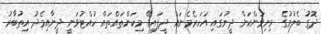
ދޮގު ބެލުމުގެ މިނިވަންކަން ދީނުގައި އަހަރެމެނައް ދީފައިވޭ. މިކަންތައްތައް ހުއްޓުވަނީ ދީނާއިމެދު އިތުބާރު